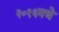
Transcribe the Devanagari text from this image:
२०१६मधे